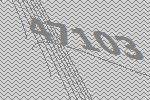
47103